Treatise on elephants
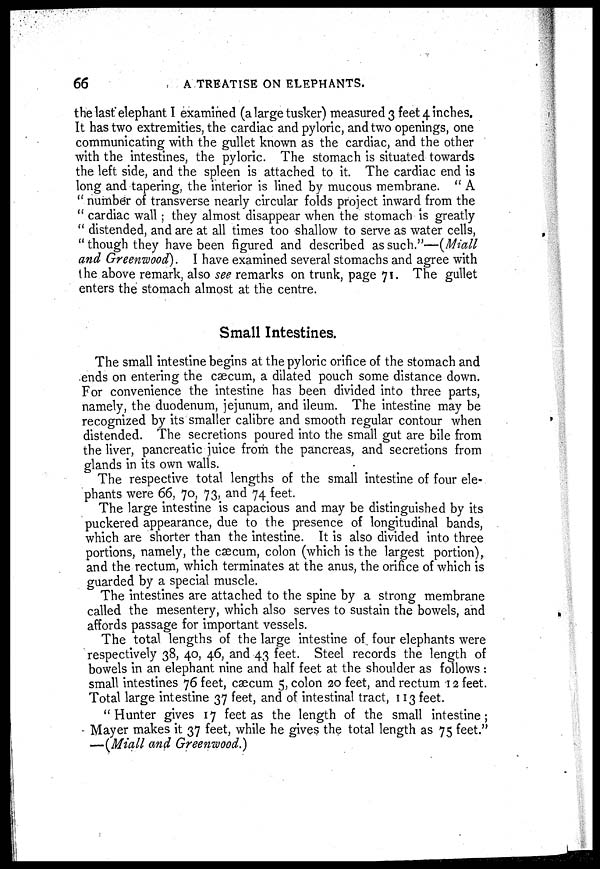
66
A TREATISE ON ELEPHANTS.
the last elephant I examined (a large tusker) measured 3 feet 4 inches.
It has two extremities, the cardiac and pyloric, and two openings, one
communicating with the gullet known as the cardiac, and the other
with the intestines, the pyloric. The stomach is situated towards
the left side, and the spleen is attached to it. The cardiac end is
long and tapering, the interior is lined by mucous membrane. " A
" number of transverse nearly circular folds project inward from the
" cardiac wall ; they almost disappear when the stomach is greatly
" distended, and are at all times too shallow to serve as water cells,
" though they have been figured and described as such."—(Miall
and Greenwood). I have examined several stomachs and agree with
the above remark, also see remarks on trunk, page 71. The gullet
enters the stomach almost at the centre.
Small Intestines.
The small intestine begins at the pyloric orifice of the stomach and
ends on entering the cæcum, a dilated pouch some distance down.
For convenience the intestine has been divided into three parts,
namely, the duodenum, jejunum, and ileum. The intestine may be
recognized by its smaller calibre and smooth regular contour when
distended. The secretions poured into the small gut are bile from
the liver, pancreatic juice from the pancreas, and secretions from
glands in its own walls.
The respective total lengths of the small intestine of four ele-
phants were 66, 70, 73, and 74 feet.
The large intestine is capacious and may be distinguished by its
puckered appearance, due to the presence of longitudinal bands,
which are shorter than the intestine. It is also divided into three
portions, namely, the cæcum, colon (which is the largest portion),
and the rectum, which terminates at the anus, the orifice of which is
guarded by a special muscle.
The intestines are attached to the spine by a strong membrane
called the mesentery, which also serves to sustain the bowels, and
affords passage for important vessels.
The total lengths of the large intestine of four elephants were
respectively 38, 40, 46, and 43 feet. Steel records the length of
bowels in an elephant nine and half feet at the shoulder as follows:
small intestines 76 feet, cæcum 5, colon 20 feet, and rectum 12 feet.
Total large intestine 37 feet, and of intestinal tract, 113 feet.
" Hunter gives 17 feet as the length of the small intestine ;
Mayer makes it 37 feet, while he gives the total length as 75 feet."
—(Miall and Greenwood.)